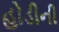
હોડીની